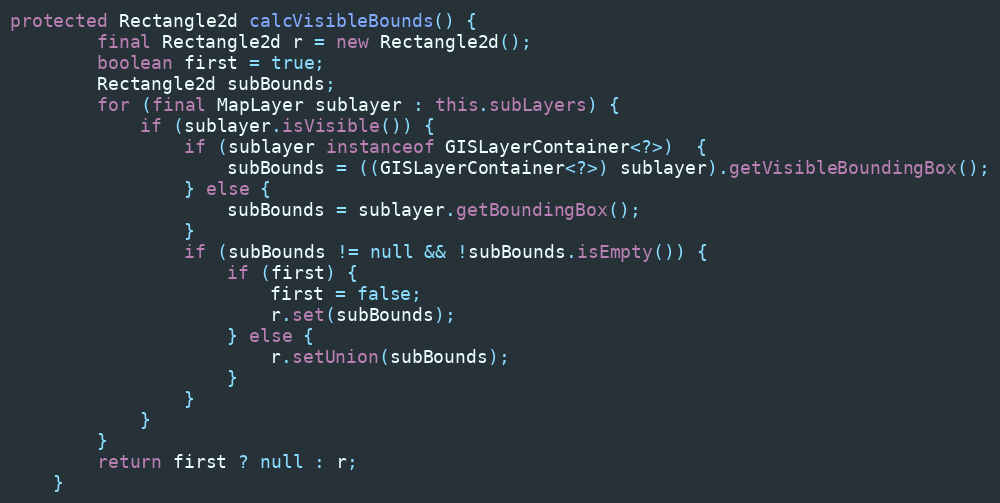
Language: Java
protected Rectangle2d calcVisibleBounds() {
		final Rectangle2d r = new Rectangle2d();
		boolean first = true;
		Rectangle2d subBounds;
		for (final MapLayer sublayer : this.subLayers) {
			if (sublayer.isVisible()) {
				if (sublayer instanceof GISLayerContainer<?>)  {
					subBounds = ((GISLayerContainer<?>) sublayer).getVisibleBoundingBox();
				} else {
					subBounds = sublayer.getBoundingBox();
				}
				if (subBounds != null && !subBounds.isEmpty()) {
					if (first) {
						first = false;
						r.set(subBounds);
					} else {
						r.setUnion(subBounds);
					}
				}
			}
		}
		return first ? null : r;
	}